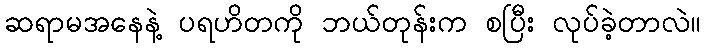
ဆရာမအနေနဲ့ ပရဟိတကို ဘယ်တုန်းက စပြီး လုပ်ခဲ့တာလဲ။